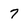
Character: 7